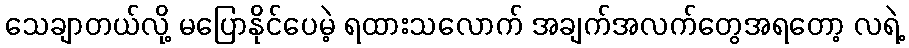
သေချာတယ်လို့ မပြောနိုင်ပေမဲ့ ရထားသလောက် အချက်အလက်တွေအရတော့ လရဲ့